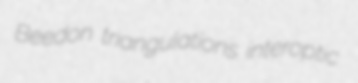
Beedon triangulations interoptic